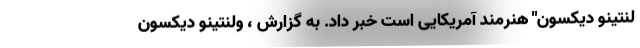
لنتینو دیکسون" هنرمند آمریکایی است خبر داد. به گزارش ، ولنتینو دیکسون